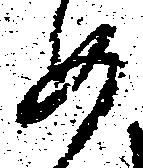
如